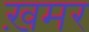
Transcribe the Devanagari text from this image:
ख़मर